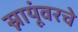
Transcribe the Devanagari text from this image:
स्नायूंवरचे